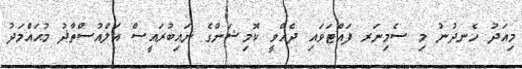
މިއަދު ހެނދުނު މި ސެމިނަރ ފައްޓަވައި ދެއްވީ ކޮމިޝަންގެ ނައިބުރައީސް އަލްއުސްތާޛު މުޙައްމަދު